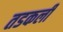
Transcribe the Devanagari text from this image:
तडकली